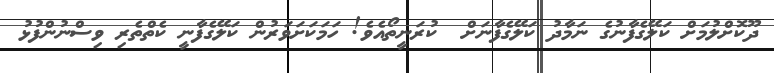
ދޫކޮށްލުމަށް ކަލޭގެފާނުގެ ނަމާދު ކަލޭގެފާނަށް  ކުރަނީތޯއެވެ! ހަމަކަށަވަރުން ކަލޭގެފާނީ ކެތްތެރި ވިސްނުންފުޅު